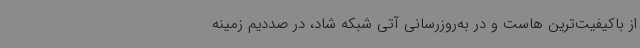
از باکیفیت‌ترین هاست و در به‌روزرسانی آتی شبکه شاد، در صددیم زمینه